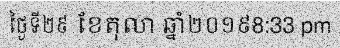
ថ្ងៃទី២៩ ខែតុលា ឆ្នាំ២០១៩8:33 pm